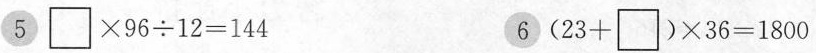
5$${\Box } \times 9 6 {\div} 1 2 = 1 4 4$$ 6 $$( 2 3 + {\Box } ) \times 3 6 = 1 8 0 0$$